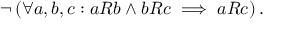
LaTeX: \lnot \left( \forall a , b , c : a R b \land b R c \implies a R c \right) .